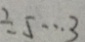
\div 5 \cdots 3